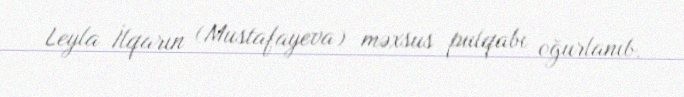
Leyla İlqarın (Mustafayeva) məxsus pulqabı oğurlanıb.